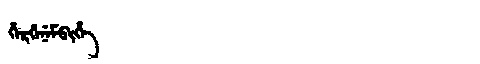
Manchu: ᡥᡝᡵᡤᡝᠨᡝᠮᠪᡳᡥᡝ
Romanization: HERGENEMBIHE